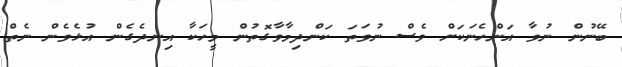
ބޭނުން ނުވާ އަންހެނަކަށް ވެސް ނުވަތަ ކަންދިމާވާގޮތުން މީހަކާ އިނދެގެން އުޅެވެން ނެތް